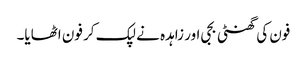
فون کی گھنٹی بجی اور زاہدہ نے لپک کر فون اٹھایا۔